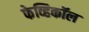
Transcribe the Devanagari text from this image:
फेव्हिकॉल